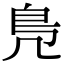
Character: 鳬